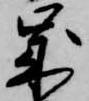
歳